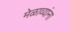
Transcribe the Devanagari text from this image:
मेळाव्यांना